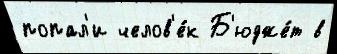
попал'и челов'е́к Б'юдже́т в